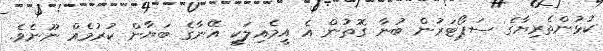
ކުޅުންތެރިޔާގެ ސަޕޯޓަރުން ބުނާ ގޮތުން އެ އީމެއިލަކީ އޭނާގެ ބަޔާން ކުރުމެއް ނޫނެވެ.